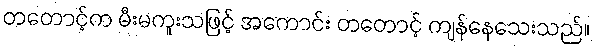
တတောင့်က မီးမကူးသဖြင့် အကောင်း တတောင့် ကျန်နေသေးသည်။